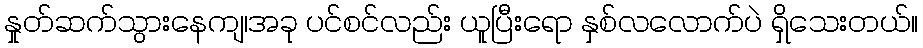
နှုတ်ဆက်သွားနေကျ၊အခု ပင်စင်လည်း ယူပြီးရော နှစ်လလောက်ပဲ ရှိသေးတယ်။